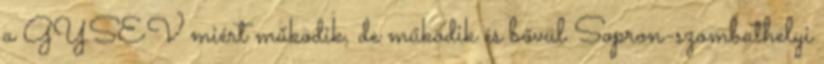
a GYSEV miért működik, de működik és bővül Sopron-szombathelyi